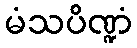
မံသပိဏ္ဍံ